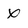
Character: X